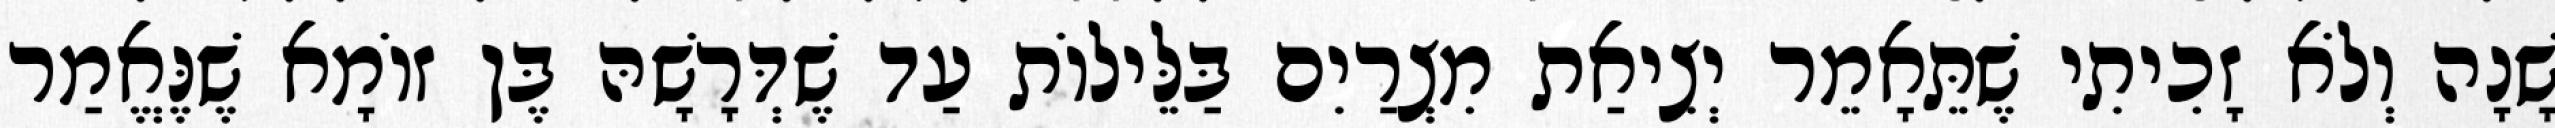
שָׁנָה וְלֹא זָכִיתִי שֶׁתֵּאָמֵר יְצִיאַת מִצְרַיִם בַּלֵּילוֹת עַד שֶׁדְּרָשָׁהּ בֶּן זוֹמָא שֶׁנֶּאֱמַר